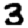
Digit: 3